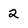
Character: 2